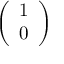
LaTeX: \left( \begin{array} { l } { 1 } \\ { 0 } \end{array} \right)